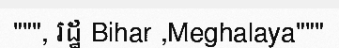
""", រដ្ឋ Bihar ,Meghalaya"""